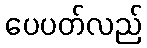
ပေပတ်လည်